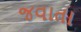
જવાતા